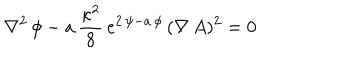
LaTeX: \nabla ^ { 2 } \, \phi - a \, { \frac { \kappa ^ { 2 } } { 8 } } \, e ^ { 2 \, \psi - a \, \phi } \, ( \nabla \, A ) ^ { 2 } = 0